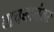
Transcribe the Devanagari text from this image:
वाचनानंतर